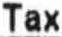
TAX